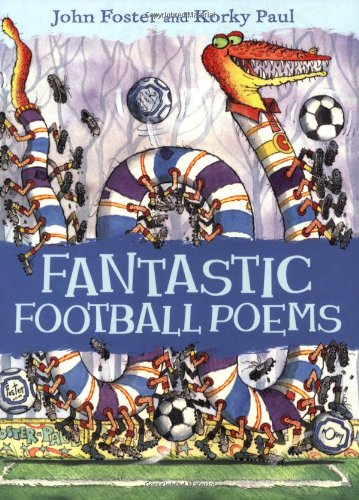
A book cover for Fantastic Football Poems (Poems (Oxford University Press)); John Foster; Humor & Entertainment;